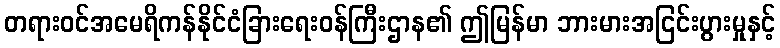
တရားဝင်အမေရိကန်နိုင်ငံခြားရေးဝန်ကြီးဌာန၏ ဤမြန်မာ ဘားမားအငြင်းပွားမှုနှင့်